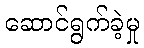
ဆောင်ရွက်ခဲ့မှု